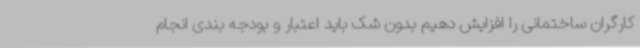
کارگران ساختمانی را افزایش دهیم بدون شک باید اعتبار و بودجه بندی انجام